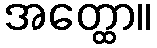
အတ္ထော။